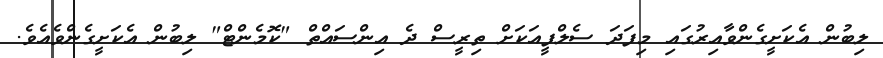
ލިބުން އެކަށީގެންވާއިރުގައި މިފަދަ ސެލްފީއަކަށް ތިރީސް ދެ އިންސައްތް "ކޮމެންޓް" ލިބުން އެކަށީގެންވެއެވެ.